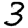
Digit: 3